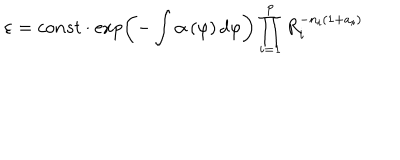
LaTeX: \varepsilon = c o n s t \cdot \exp \left( - \int \alpha \left( \varphi \right) d \varphi \right) \prod _ { i = 1 } ^ { p } R _ { i } ^ { - n _ { i } ( 1 + a _ { i } ) }